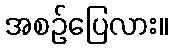
အစဉ်ပြေလား။